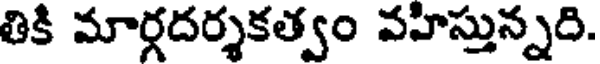
తికి మార్గదర్శకత్వం వహిస్తున్నది.